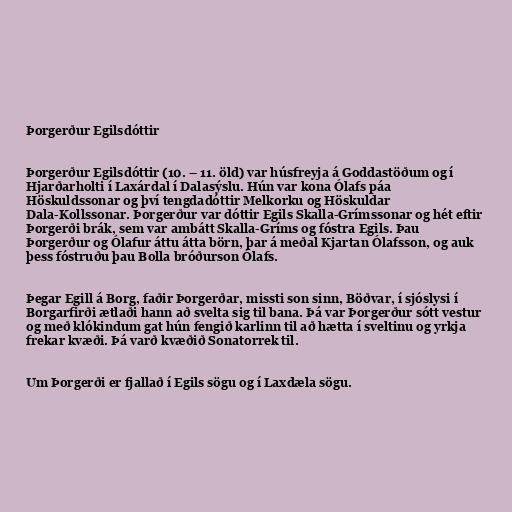
Þorgerður Egilsdóttir

Þorgerður Egilsdóttir (10. – 11. öld) var húsfreyja á Goddastöðum og í
Hjarðarholti í Laxárdal í Dalasýslu. Hún var kona Ólafs páa
Höskuldssonar og því tengdadóttir Melkorku og Höskuldar
Dala-Kollssonar. Þorgerður var dóttir Egils Skalla-Grímssonar og hét eftir
Þorgerði brák, sem var ambátt Skalla-Gríms og fóstra Egils. Þau
Þorgerður og Ólafur áttu átta börn, þar á meðal Kjartan Ólafsson, og auk
þess fóstruðu þau Bolla bróðurson Ólafs.

Þegar Egill á Borg, faðir Þorgerðar, missti son sinn, Böðvar, í sjóslysi í
Borgarfirði ætlaði hann að svelta sig til bana. Þá var Þorgerður sótt vestur
og með klókindum gat hún fengið karlinn til að hætta í sveltinu og yrkja
frekar kvæði. Þá varð kvæðið Sonatorrek til.

Um Þorgerði er fjallað í Egils sögu og í Laxdæla sögu.